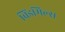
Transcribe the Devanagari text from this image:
विंडमिल्स